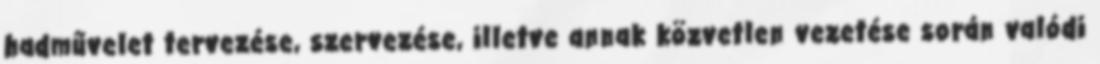
hadművelet tervezése, szervezése, illetve annak közvetlen vezetése során valódi